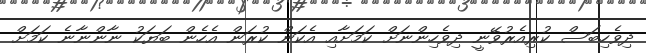
ދިވެހިބަސް ކުރިއެރުވޭނީ ދިވެހިންނަށް ކަމަށާއި އެކަން ކުރަން އެހެން ބަޔަކު ނާންނާނެ ކަމަށް